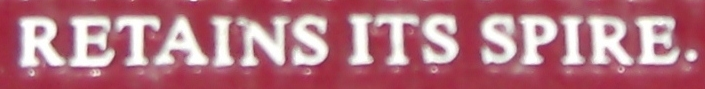
RETAINS ITS SPIRE.